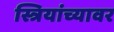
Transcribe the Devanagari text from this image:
स्त्रियांच्यावर